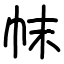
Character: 帓